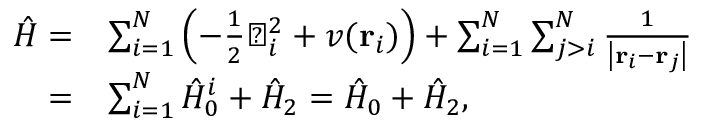
\begin{array} { r } { \begin{array} { r l } { \hat { H } = } & { \sum _ { i = 1 } ^ { N } \left( - \frac { 1 } { 2 } \bigtriangledown _ { i } ^ { 2 } + v ( \mathbf { r } _ { i } ) \right) + \sum _ { i = 1 } ^ { N } \sum _ { j > i } ^ { N } \frac { 1 } { \left| \mathbf { r } _ { i } - \mathbf { r } _ { j } \right| } } \\ { = } & { \sum _ { i = 1 } ^ { N } \hat { H } _ { 0 } ^ { i } + \hat { H } _ { 2 } = \hat { H } _ { 0 } + \hat { H } _ { 2 } , } \end{array} } \end{array}